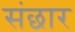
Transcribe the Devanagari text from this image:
संछार